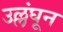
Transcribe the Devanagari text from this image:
उल्लंघून